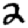
Digit: 2